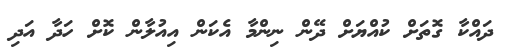
ދައްކާ ގޮތަށް ކުއްޔަށް ދޭން ނިންމާ އެކަން އިއުލާން ކޮށް ހަދާ އަދި